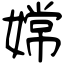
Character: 嫦